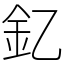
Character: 釔